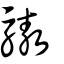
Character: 驁